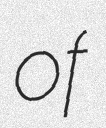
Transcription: of